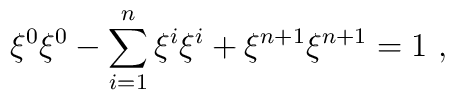
\xi^0\xi^0-\sum_{i=1}^n\xi^i\xi^i+\xi^{n+1}\xi^{n+1}=1~,